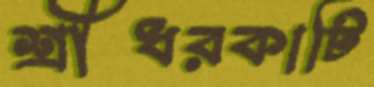
শ্রীধরকাটি